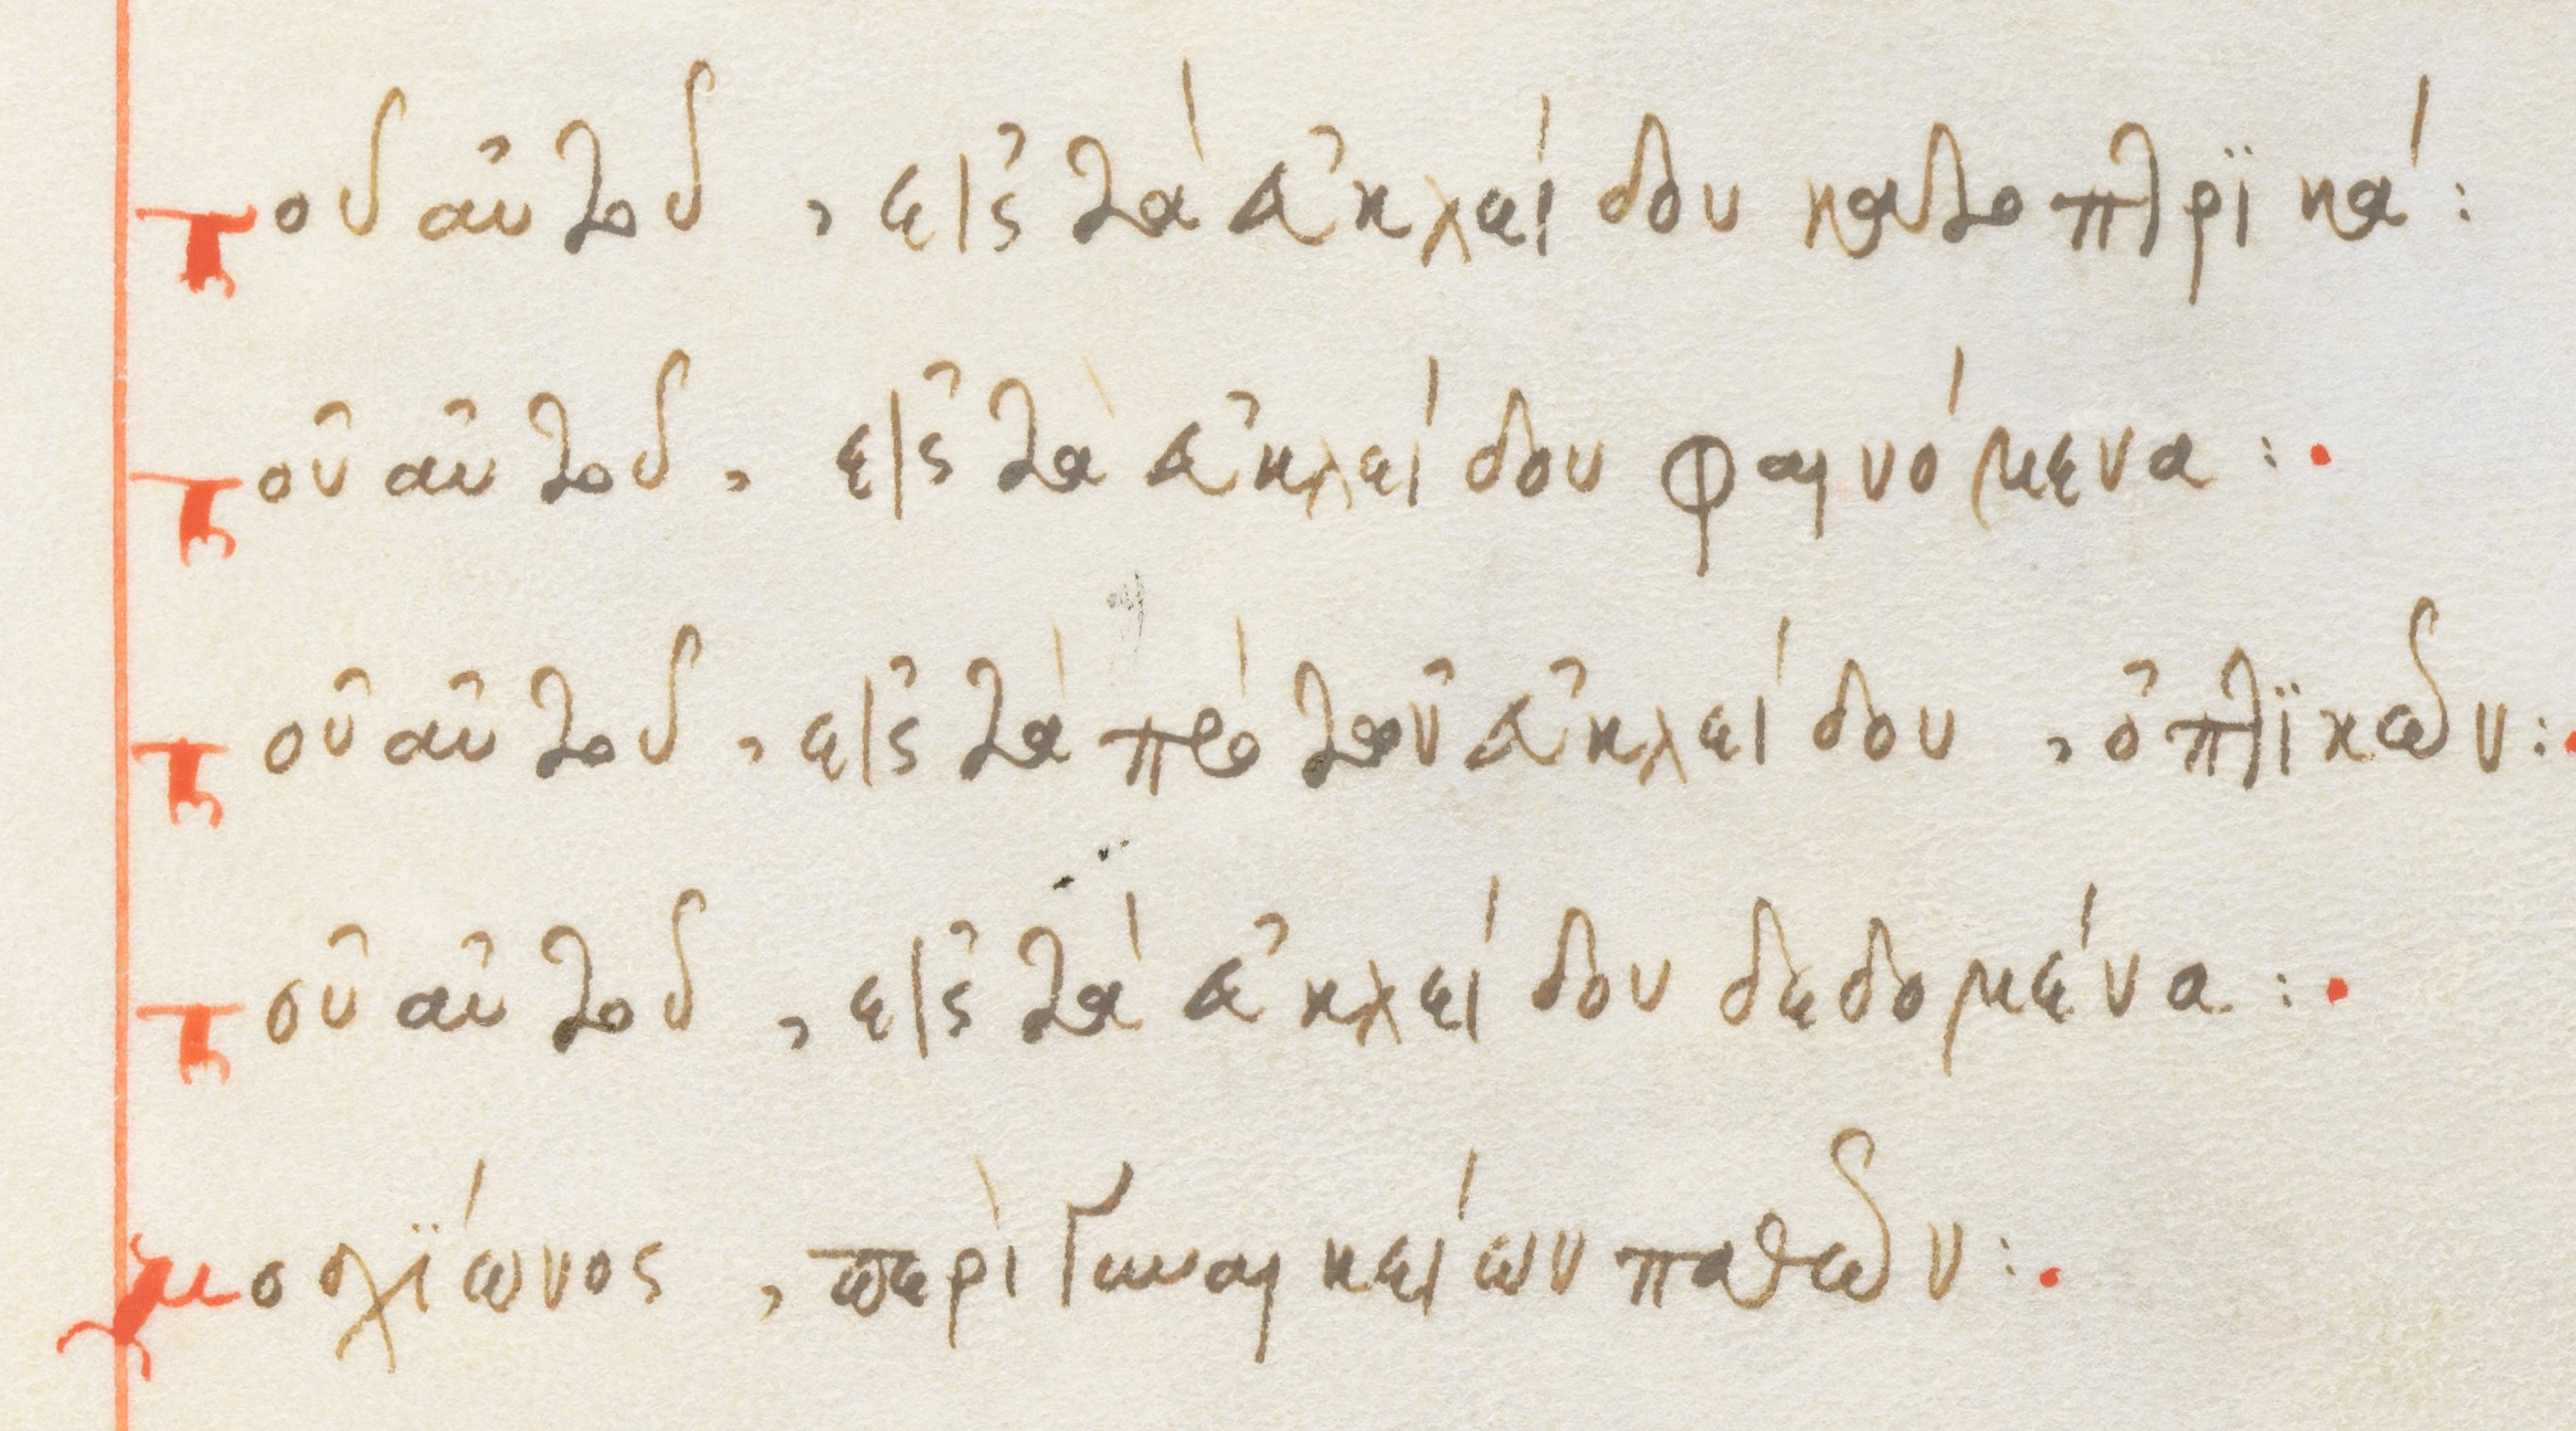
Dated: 1564–1564